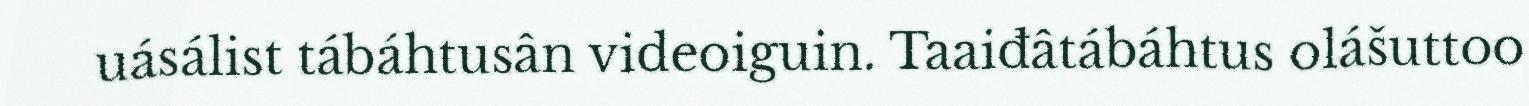
uásálist tábáhtusân videoiguin. Taaiđâtábáhtus olášuttoo